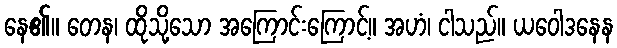
နေ၏။ တေန၊ ထိုသို့သော အကြောင်းကြောင့်။ အဟံ၊ ငါသည်။ ယဝေါဒနေန